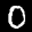
Label: 0